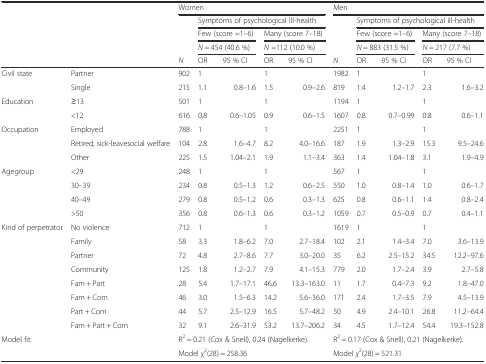
<table><thead><tr><td></td><td></td><td colspan="5"><b>Women</b></td><td colspan="5"><b>Men</b></td></tr><tr><td></td><td></td><td></td><td colspan="4"><b>Symptoms of psychological ill-health</b></td><td></td><td colspan="4"><b>Symptoms of psychological ill-health</b></td></tr><tr><td rowspan="2"></td><td rowspan="2"></td><td rowspan="2"></td><td colspan="2"><b>Few (score =1–6)</b></td><td colspan="2"><b>Many (score 7–18)</b></td><td rowspan="2"></td><td colspan="2"><b>Few (score =1–6)</b></td><td colspan="2"><b>Many (score 7–18)</b></td></tr><tr><td colspan="2"><b><i>N</i> = 454 (40.6 %)</b></td><td colspan="2"><b><i>N</i> =112 (10.0 %)</b></td><td colspan="2"><b><i>N</i> = 883 (31.5 %)</b></td><td colspan="2"><b><i>N</i> = 217 (7.7 %)</b></td></tr><tr><td></td><td></td><td><b><i>N</i></b></td><td><b>OR</b></td><td><b>95 % CI</b></td><td><b>OR</b></td><td><b>95 % CI</b></td><td><b><i>N</i></b></td><td><b>OR</b></td><td><b>95 % CI</b></td><td><b>OR</b></td><td><b>95 % CI</b></td></tr></thead><tbody><tr><td>Civil state</td><td>Partner</td><td>902</td><td>1</td><td></td><td>1</td><td></td><td>1982</td><td>1</td><td></td><td>1</td><td></td></tr><tr><td></td><td>Single</td><td>215</td><td>1.1</td><td>0.8–1.6</td><td>1.5</td><td>0.9–2.6</td><td>819</td><td>1.4</td><td>1.2–1.7</td><td>2.3</td><td>1.6–3.2</td></tr><tr><td>Education</td><td>≥13</td><td>501</td><td>1</td><td></td><td>1</td><td></td><td>1194</td><td>1</td><td></td><td>1</td><td></td></tr><tr><td></td><td>&lt;12</td><td>616</td><td>0.8</td><td>0.6–1.05</td><td>0.9</td><td>0.6–1.5</td><td>1607</td><td>0.8</td><td>0.7–0.99</td><td>0.8</td><td>0.6–1.1</td></tr><tr><td>Occupation</td><td>Employed</td><td>788</td><td>1</td><td></td><td>1</td><td></td><td>2251</td><td>1</td><td></td><td>1</td><td></td></tr><tr><td></td><td>Retired, sick-leavesocial welfare</td><td>104</td><td>2.8</td><td>1.6–4.7</td><td>8.2</td><td>4.0–16.6</td><td>187</td><td>1.9</td><td>1.3–2.9</td><td>15.3</td><td>9.5–24.6</td></tr><tr><td></td><td>Other</td><td>225</td><td>1.5</td><td>1.04–2.1</td><td>1.9</td><td>1.1–3.4</td><td>363</td><td>1.4</td><td>1.04–1.8</td><td>3.1</td><td>1.9–4.9</td></tr><tr><td>Agegroup</td><td>&lt;29</td><td>248</td><td>1</td><td></td><td>1</td><td></td><td>567</td><td>1</td><td></td><td>1</td><td></td></tr><tr><td></td><td>30–39</td><td>234</td><td>0.8</td><td>0.5–1.3</td><td>1.2</td><td>0.6–2.5</td><td>550</td><td>1.0</td><td>0.8–1.4</td><td>1.0</td><td>0.6–1.7</td></tr><tr><td></td><td>40–49</td><td>279</td><td>0.8</td><td>0.5–1.2</td><td>0.6</td><td>0.3–1.3</td><td>625</td><td>0.8</td><td>0.6–1.1</td><td>1.4</td><td>0.8–2.4</td></tr><tr><td></td><td>&gt;50</td><td>356</td><td>0.8</td><td>0.6–1.3</td><td>0.6</td><td>0.3–1.2</td><td>1059</td><td>0.7</td><td>0.5–0.9</td><td>0.7</td><td>0.4–1.1</td></tr><tr><td rowspan="2">Kind of perpetrator</td><td>No violence</td><td>712</td><td>1</td><td></td><td>1</td><td></td><td>1619</td><td>1</td><td></td><td>1</td><td></td></tr><tr><td>Family</td><td>58</td><td>3.3</td><td>1.8–6.2</td><td>7.0</td><td>2.7–18.4</td><td>102</td><td>2.1</td><td>1.4–3.4</td><td>7.0</td><td>3.6–13.9</td></tr><tr><td></td><td>Partner</td><td>72</td><td>4.8</td><td>2.7–8.6</td><td>7.7</td><td>3.0–20.0</td><td>35</td><td>6.2</td><td>2.5–15.2</td><td>34.5</td><td>12.2–97.6</td></tr><tr><td></td><td>Community</td><td>125</td><td>1.8</td><td>1.2–2.7</td><td>7.9</td><td>4.1–15.3</td><td>779</td><td>2.0</td><td>1.7–2.4</td><td>3.9</td><td>2.7–5.8</td></tr><tr><td></td><td>Fam + Part</td><td>28</td><td>5.4</td><td>1.7–17.1</td><td>46.6</td><td>13.3–163.0</td><td>11</td><td>1.7</td><td>0.4–7.3</td><td>9.2</td><td>1.8–47.0</td></tr><tr><td></td><td>Fam + Com</td><td>46</td><td>3.0</td><td>1.5–6.3</td><td>14.2</td><td>5.6–36.0</td><td>171</td><td>2.4</td><td>1.7–3.5</td><td>7.9</td><td>4.5–13.9</td></tr><tr><td></td><td>Part + Com</td><td>44</td><td>5.7</td><td>2.5–12.9</td><td>16.5</td><td>5.7–48.2</td><td>50</td><td>4.9</td><td>2.4–10.1</td><td>26.8</td><td>11.2–64.4</td></tr><tr><td></td><td>Fam + Part + Com</td><td>32</td><td>9.1</td><td>2.6–31.9</td><td>53.2</td><td>13.7–206.2</td><td>34</td><td>4.5</td><td>1.7–12.4</td><td>54.4</td><td>19.3–152.8</td></tr><tr><td rowspan="2">Model fit:</td><td rowspan="2"></td><td colspan="5">R<sup>2</sup> = 0.21 (Cox &amp; Snell), 0.24 (Nagelkerke).</td><td colspan="5">R<sup>2</sup> = 0.17 (Cox &amp; Snell), 0.21 (Nagelkerke).</td></tr><tr><td colspan="5">Model <i>χ</i><sup>2</sup>(28) = 258.36</td><td colspan="5">Model <i>χ</i><sup>2</sup>(28) = 521.31</td></tr></tbody></table>